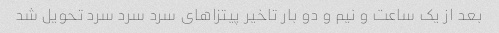
بعد از یک ساعت و نیم و دو بار تاخیر پیتزاهای سرد سرد سرد تحویل شد